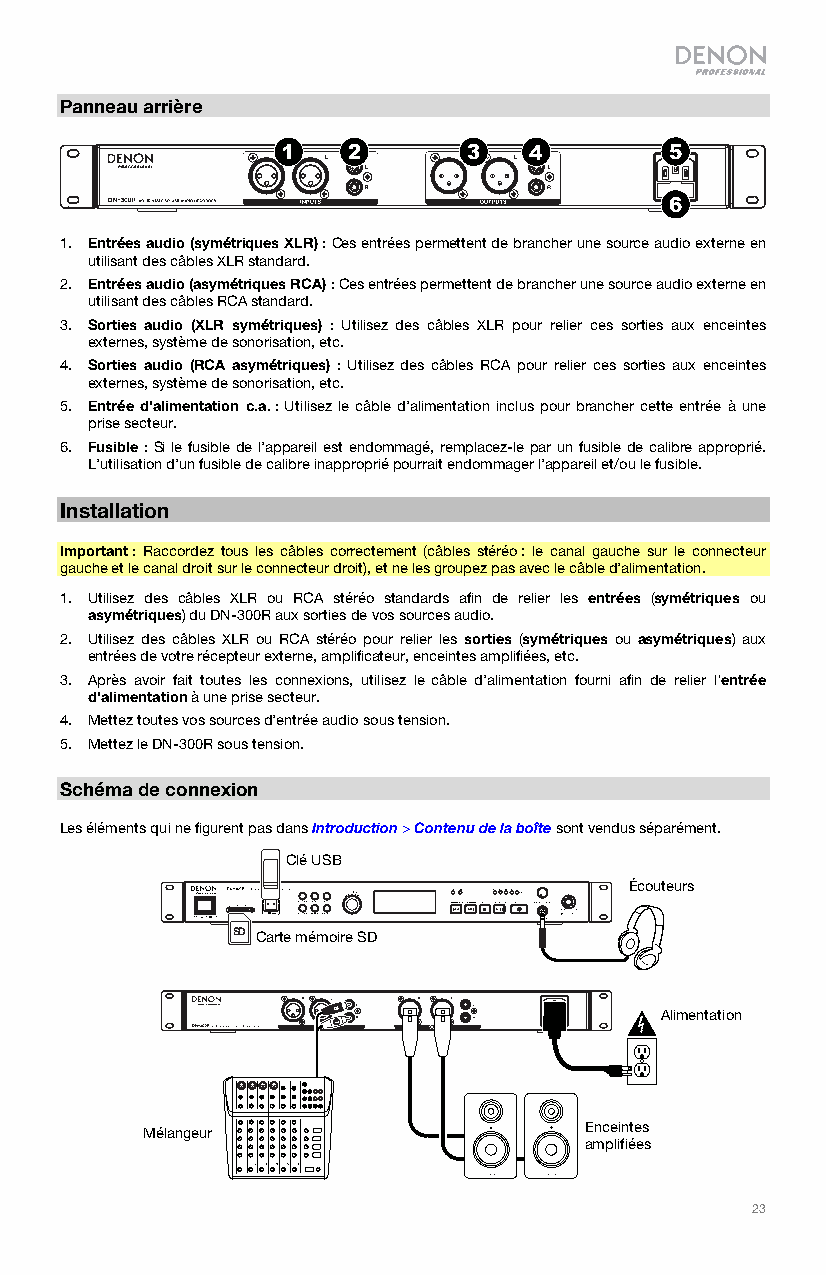
Panneau arrière
 1   2       3   4        5
 6
 1. Entrées audio (symétriques XLR) : Ces entrées permettent de brancher une source audio externe en
 utilisant des câbles XLR standard.
 2. Entrées audio (asymétriques RCA) : Ces entrées permettent de brancher une source audio externe en
 utilisant des câbles RCA standard.
 3. Sorties audio (XLR symétriques) : Utilisez des câbles XLR pour relier ces sorties aux enceintes
 externes, système de sonorisation, etc.
 4. Sorties audio (RCA asymétriques) : Utilisez des câbles RCA pour relier ces sorties aux enceintes
 externes, système de sonorisation, etc.
 5. Entrée d'alimentation c.a. : Utilisez le câble d’alimentation inclus pour brancher cette entrée à une
 prise secteur.
 6. Fusible : Si le fusible de l’appareil est endommagé, remplacez-le par un fusible de calibre approprié.
 L’utilisation d’un fusible de calibre inapproprié pourrait endommager l’appareil et/ou le fusible.
 Installation
 Important : Raccordez tous les câbles correctement (câbles stéréo : le canal gauche sur le connecteur
 gauche et le canal droit sur le connecteur droit), et ne les groupez pas avec le câble d’alimentation.
 1. Utilisez des câbles XLR ou RCA stéréo standards afin de relier les entrées (symétriques ou
 asymétriques) du DN-300R aux sorties de vos sources audio.
 2. Utilisez des câbles XLR ou RCA stéréo pour relier les sorties (symétriques ou asymétriques) aux
 entrées de votre récepteur externe, amplificateur, enceintes amplifiées, etc.
 3. Après avoir fait toutes les connexions, utilisez le câble d’alimentation fourni afin de relier l'entrée
 d'alimentation à une prise secteur.
 4. Mettez toutes vos sources d’entrée audio sous tension.
 5. Mettez le DN-300R sous tension.
 Schéma de connexion
 Les éléments qui ne figurent pas dans Introduction > Contenu de la boîte sont vendus séparément.
 Clé USB
 Écouteurs
 SD Carte mémoire SD
 Alimentation
 Mélangeur                     Enceintes
 amplifiées
 23